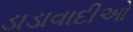
ડાડાવાદીઓ